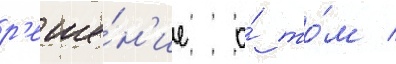
р'еше́н'ие о́ то́м /